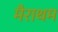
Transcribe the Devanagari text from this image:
मैराथम